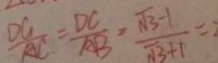
\frac { D G } { A C } = \frac { D C } { A B } = \frac { \sqrt { 3 } - 1 } { \sqrt { 3 } + 1 } = 2